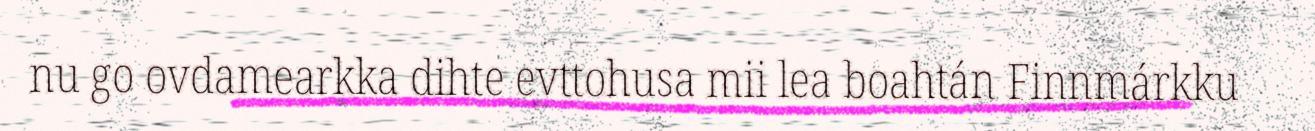
nu go ovdamearkka dihte evttohusa mii lea boahtán Finnmárkku